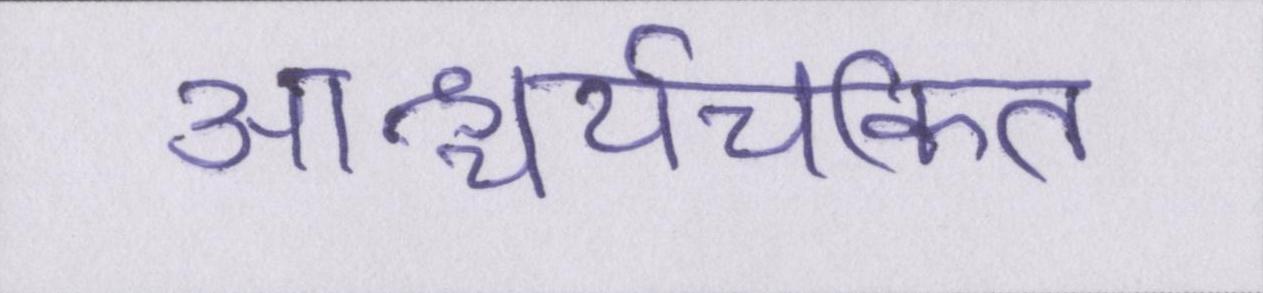
आश्चर्यचकित